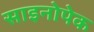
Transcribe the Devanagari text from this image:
साइनोपेक